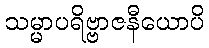
သမ္မာပရိဗ္ဗာဇနီယောပိ